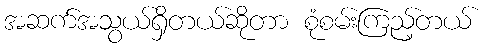
အဆက်အသွယ်ရှိတယ်ဆိုတာ စုံစမ်းကြည့်တယ်